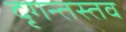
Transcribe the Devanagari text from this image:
दृगन्तस्तव